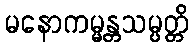
မနောကမ္မန္တသမ္ပတ္တိ